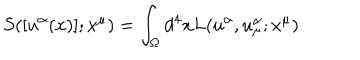
LaTeX: { S } ( [ u ^ { \alpha } ( x ) ] ; x ^ { \mu } ) = \int _ { \Omega } d ^ { 4 } x { L } ( u ^ { \alpha } , u _ { \mu } ^ { \alpha } ; x ^ { \mu } ) .